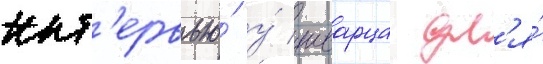
инт'ервью́ у́ шварца дл'я́